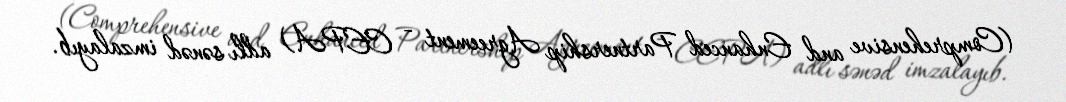
(Comprehensive and Enhanced Partnership Agreement - CEPA) adlı sənəd imzalayıb.